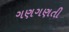
ગણગણતી